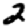
Digit: 2